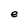
Character: e